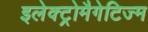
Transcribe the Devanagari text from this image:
इलेक्ट्रोमैगेटिज्म